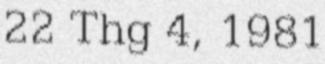
22 Thg 4, 1981